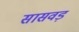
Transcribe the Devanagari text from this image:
सासवड़